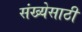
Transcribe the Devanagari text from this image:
संख्‍येसाठी